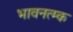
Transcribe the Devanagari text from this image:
भावनत्म्क